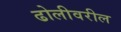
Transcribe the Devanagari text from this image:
ढोलीवरील